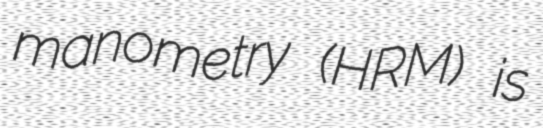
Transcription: manometry (HRM) is